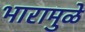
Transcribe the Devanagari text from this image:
भारामुळे